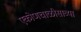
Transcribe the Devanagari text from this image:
एकोणचाळीसाव्या